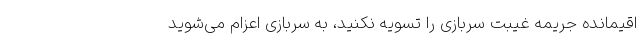
اقیمانده جریمه غیبت سربازی را تسویه نکنید، به سربازی اعزام می‌شوید